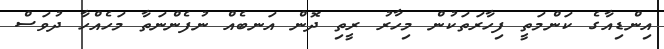
އިންޑިއާގެ ކަންމަތީ ފިހާރަތަކުން މިހާރު ރީތި ދޮން އަނބެއް ނުފެންނަތާ މަހެއްހާ ދުވަސް